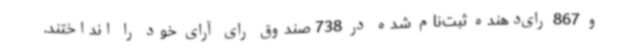
و 867 رای‌دهنده ثبت‌نام شده در 738 صندوق رای آرای خود را انداختند.